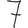
Digit: 7